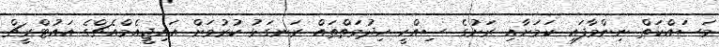
މަސައްކަތް ނިންމާފައި ކަމަށާއި ރަށުގެ ސިއްހީ ހިދުމަތްތައް ރަނގަޅު ކުރުމަށް އައިޖީއެމްއެޗްގެ އައުޓްރީޗް